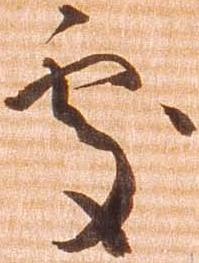
処